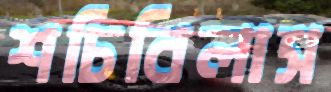
শচিবিলাস